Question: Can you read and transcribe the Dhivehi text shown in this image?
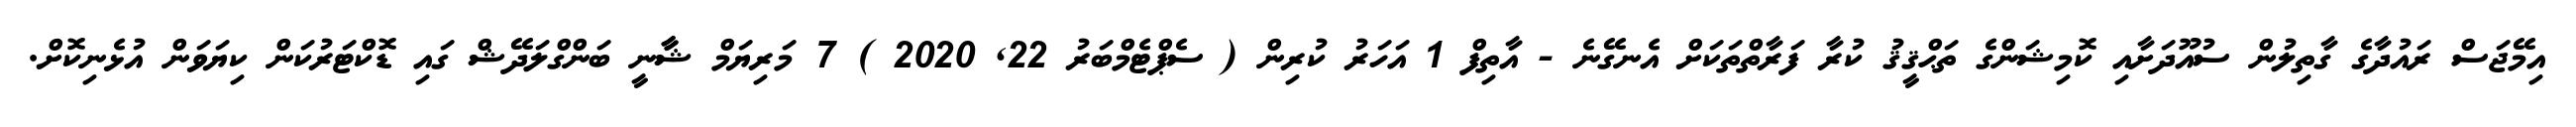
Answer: އިމޭޖަސް ރައުދާގެ ގާތިލުން ސުއޫދަށާއި ކޮމިޝަންގެ ތަޙްޤީޤު ކުރާ ފަރާތްތަކަށް އެނގޭނެ - އާތިފް 1 އަހަރު ކުރިން ( ސެޕްޓެމްބަރު 22, 2020 ) 7 މަރިޔަމް ޝާާނީ ބަންގްލަދޭޝް ގައި ޑޮކްޓަރުކަން ކިޔަވަން އުޅެނިކޮށް.